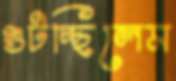
গুটচ্ছিলেম